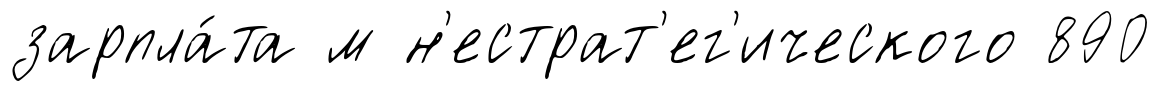
зарпла́та м н'естрат'ег'ического 890